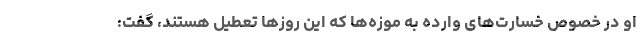
او در خصوص خسارت‌های وارده به موزه‌ها که این روزها تعطیل هستند، گفت: